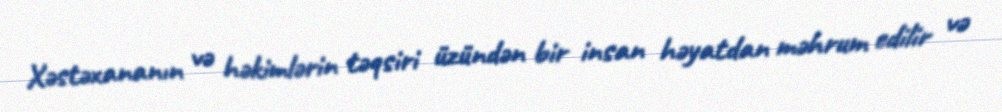
Xəstəxananın və həkimlərin təqsiri üzündən bir insan həyatdan məhrum edilir və